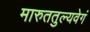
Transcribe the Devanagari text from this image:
मारुततुल्यवेगं